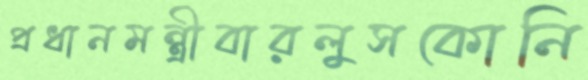
প্রধানমন্ত্রীবারলুসকোনি